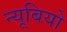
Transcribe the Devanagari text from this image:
न्यूबियो